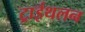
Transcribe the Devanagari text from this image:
ट्राईथलन